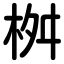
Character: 桝